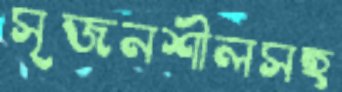
সৃজনশীলসহ